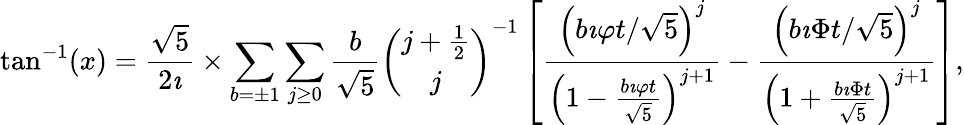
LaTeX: \tan^{-1}(x)={\frac{\sqrt{5}}{2\imath}}\times\sum_{b=\pm 1}\sum_{j\geq 0}{\frac{b}{\sqrt{5}}}{\binom{j+{\frac{1}{2}}}{j}}^{-1}\left[{\frac{\left(b\imath\varphi t/{\sqrt{5}}\right)^{j}}{\left(1-{\frac{b\imath\varphi t}{\sqrt{5}}}\right)^{j+1}}}-{\frac{\left(b\imath\Phi t/{\sqrt{5}}\right)^{j}}{\left(1+{\frac{b\imath\Phi t}{\sqrt{5}}}\right)^{j+1}}}\right],